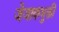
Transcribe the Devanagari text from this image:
जेजाकभुक्ती